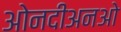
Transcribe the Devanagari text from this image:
ओनदीअनओ